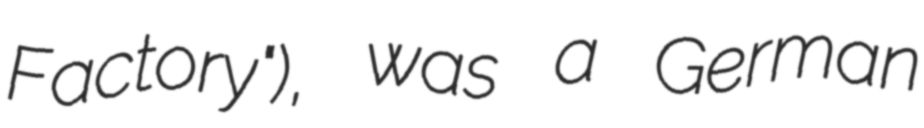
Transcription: Factory"), was a German